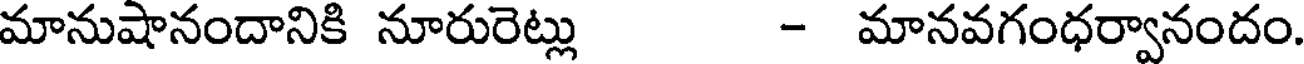
మానుషానందానికి నూరురెట్లు - మానవగంధర్వానందం.